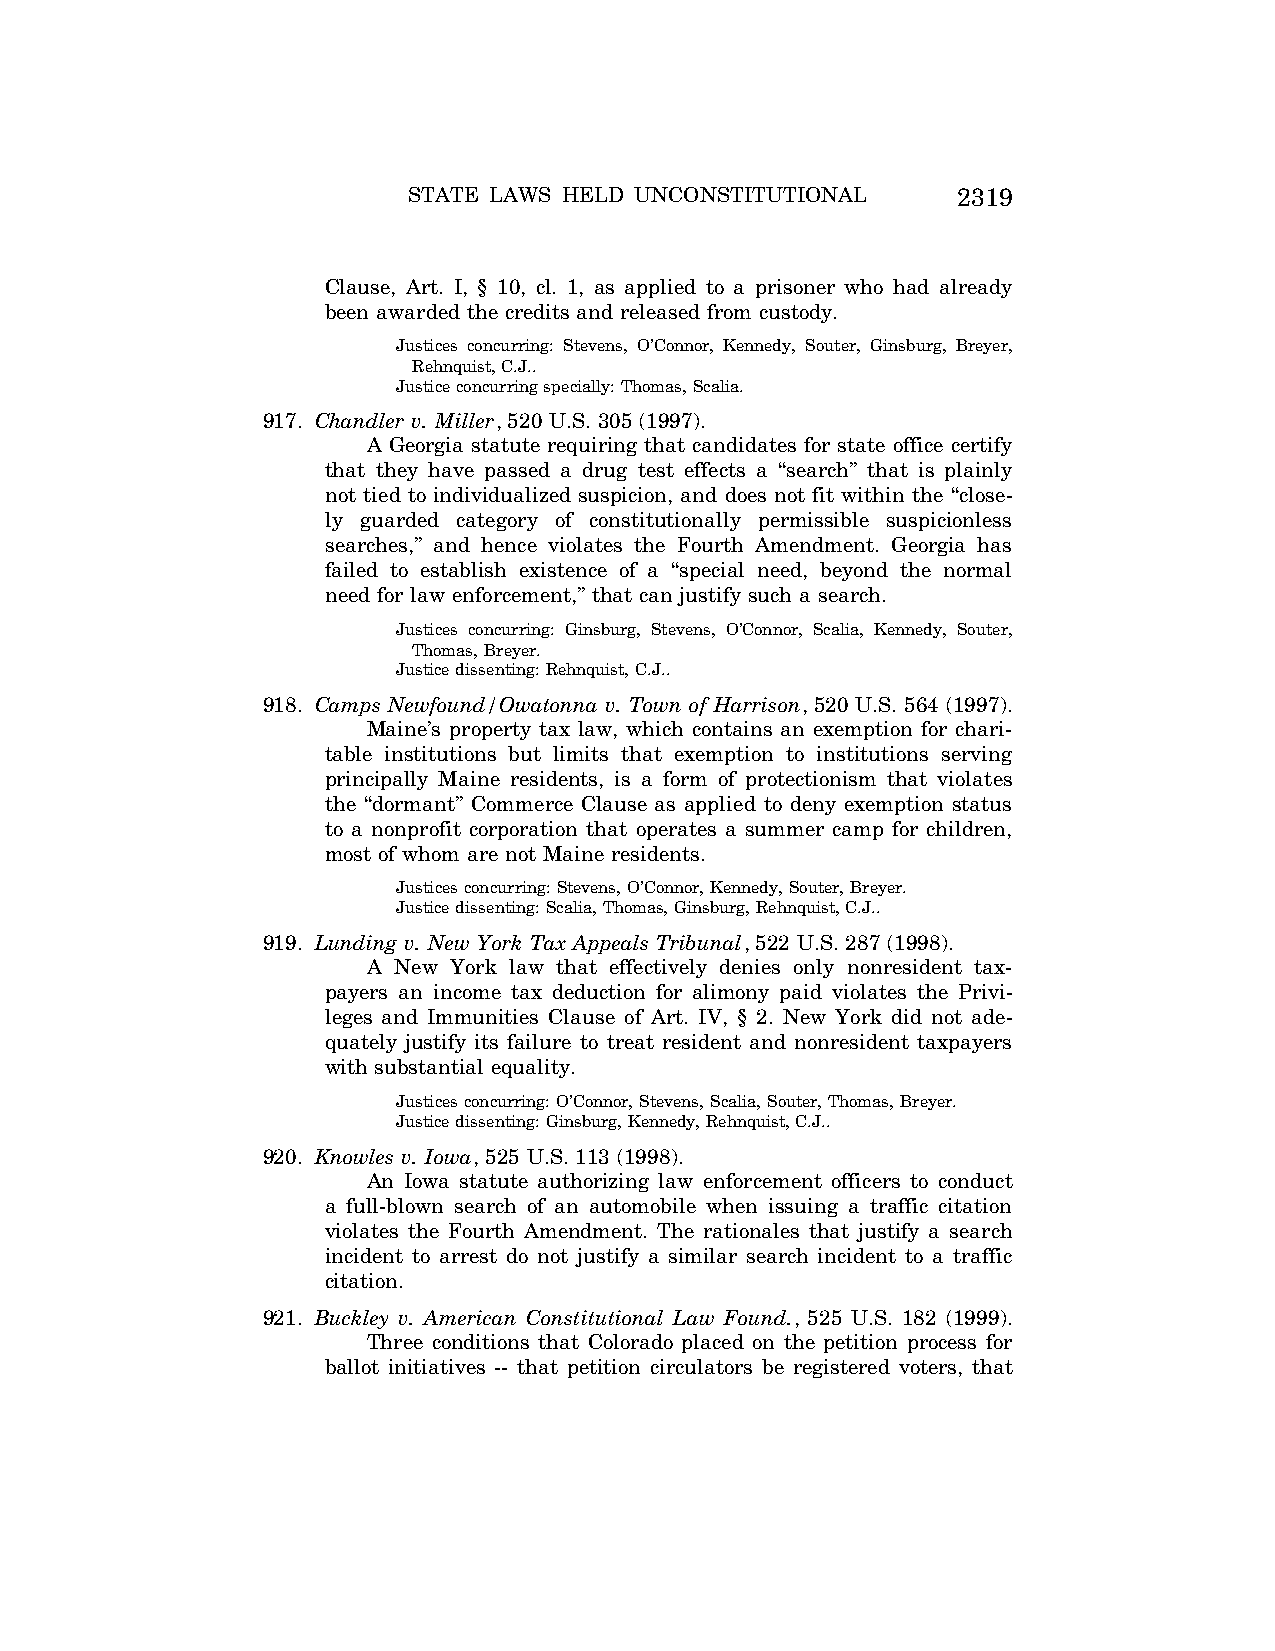
STATE LAWS HELD UNCONSTITUTIONAL    2319
 Clause, Art. I, § 10, cl. 1, as applied to a prisoner who had already
 been awarded the credits and released from custody.
 Justices concurring: Stevens, O’Connor, Kennedy, Souter, Ginsburg, Breyer,
 Rehnquist, C.J..
 Justice concurring specially: Thomas, Scalia.
 917. Chandler v. Miller, 520 U.S. 305 (1997).
 A Georgia statute requiring that candidates for state office certify
 that they have passed a drug test effects a ‘‘search’’ that is plainly
 not tied to individualized suspicion, and does not fit within the ‘‘close-
 ly guarded category of constitutionally permissible suspicionless
 searches,’’ and hence violates the Fourth Amendment. Georgia has
 failed to establish existence of a ‘‘special need, beyond the normal
 need for law enforcement,’’ that can justify such a search.
 Justices concurring: Ginsburg, Stevens, O’Connor, Scalia, Kennedy, Souter,
 Thomas, Breyer.
 Justice dissenting: Rehnquist, C.J..
 918. Camps Newfound/Owatonna v. Town of Harrison, 520 U.S. 564 (1997).
 Maine’s property tax law, which contains an exemption for chari-
 table institutions but limits that exemption to institutions serving
 principally Maine residents, is a form of protectionism that violates
 the ‘‘dormant’’ Commerce Clause as applied to deny exemption status
 to a nonprofit corporation that operates a summer camp for children,
 most of whom are not Maine residents.
 Justices concurring: Stevens, O’Connor, Kennedy, Souter, Breyer.
 Justice dissenting: Scalia, Thomas, Ginsburg, Rehnquist, C.J..
 919. Lunding v. New York Tax Appeals Tribunal, 522 U.S. 287 (1998).
 A New York law that effectively denies only nonresident tax-
 payers an income tax deduction for alimony paid violates the Privi-
 leges and Immunities Clause of Art. IV, § 2. New York did not ade-
 quately justify its failure to treat resident and nonresident taxpayers
 with substantial equality.
 Justices concurring: O’Connor, Stevens, Scalia, Souter, Thomas, Breyer.
 Justice dissenting: Ginsburg, Kennedy, Rehnquist, C.J..
 920. Knowles v. Iowa, 525 U.S. 113 (1998).
 An Iowa statute authorizing law enforcement officers to conduct
 a full-blown search of an automobile when issuing a traffic citation
 violates the Fourth Amendment. The rationales that justify a search
 incident to arrest do not justify a similar search incident to a traffic
 citation.
 921. Buckley v. American Constitutional Law Found., 525 U.S. 182 (1999).
 Three conditions that Colorado placed on the petition process for
 ballot initiatives -- that petition circulators be registered voters, that
 VerDate Aug<04>2004 12:57 Aug 23, 2004 Jkt 077500 PO 00000 Frm 00159 Fmt 8222 Sfmt 8222 C:\CONAN\CON064.SGM PRFM99 PsN: CON064